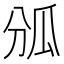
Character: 𤫫